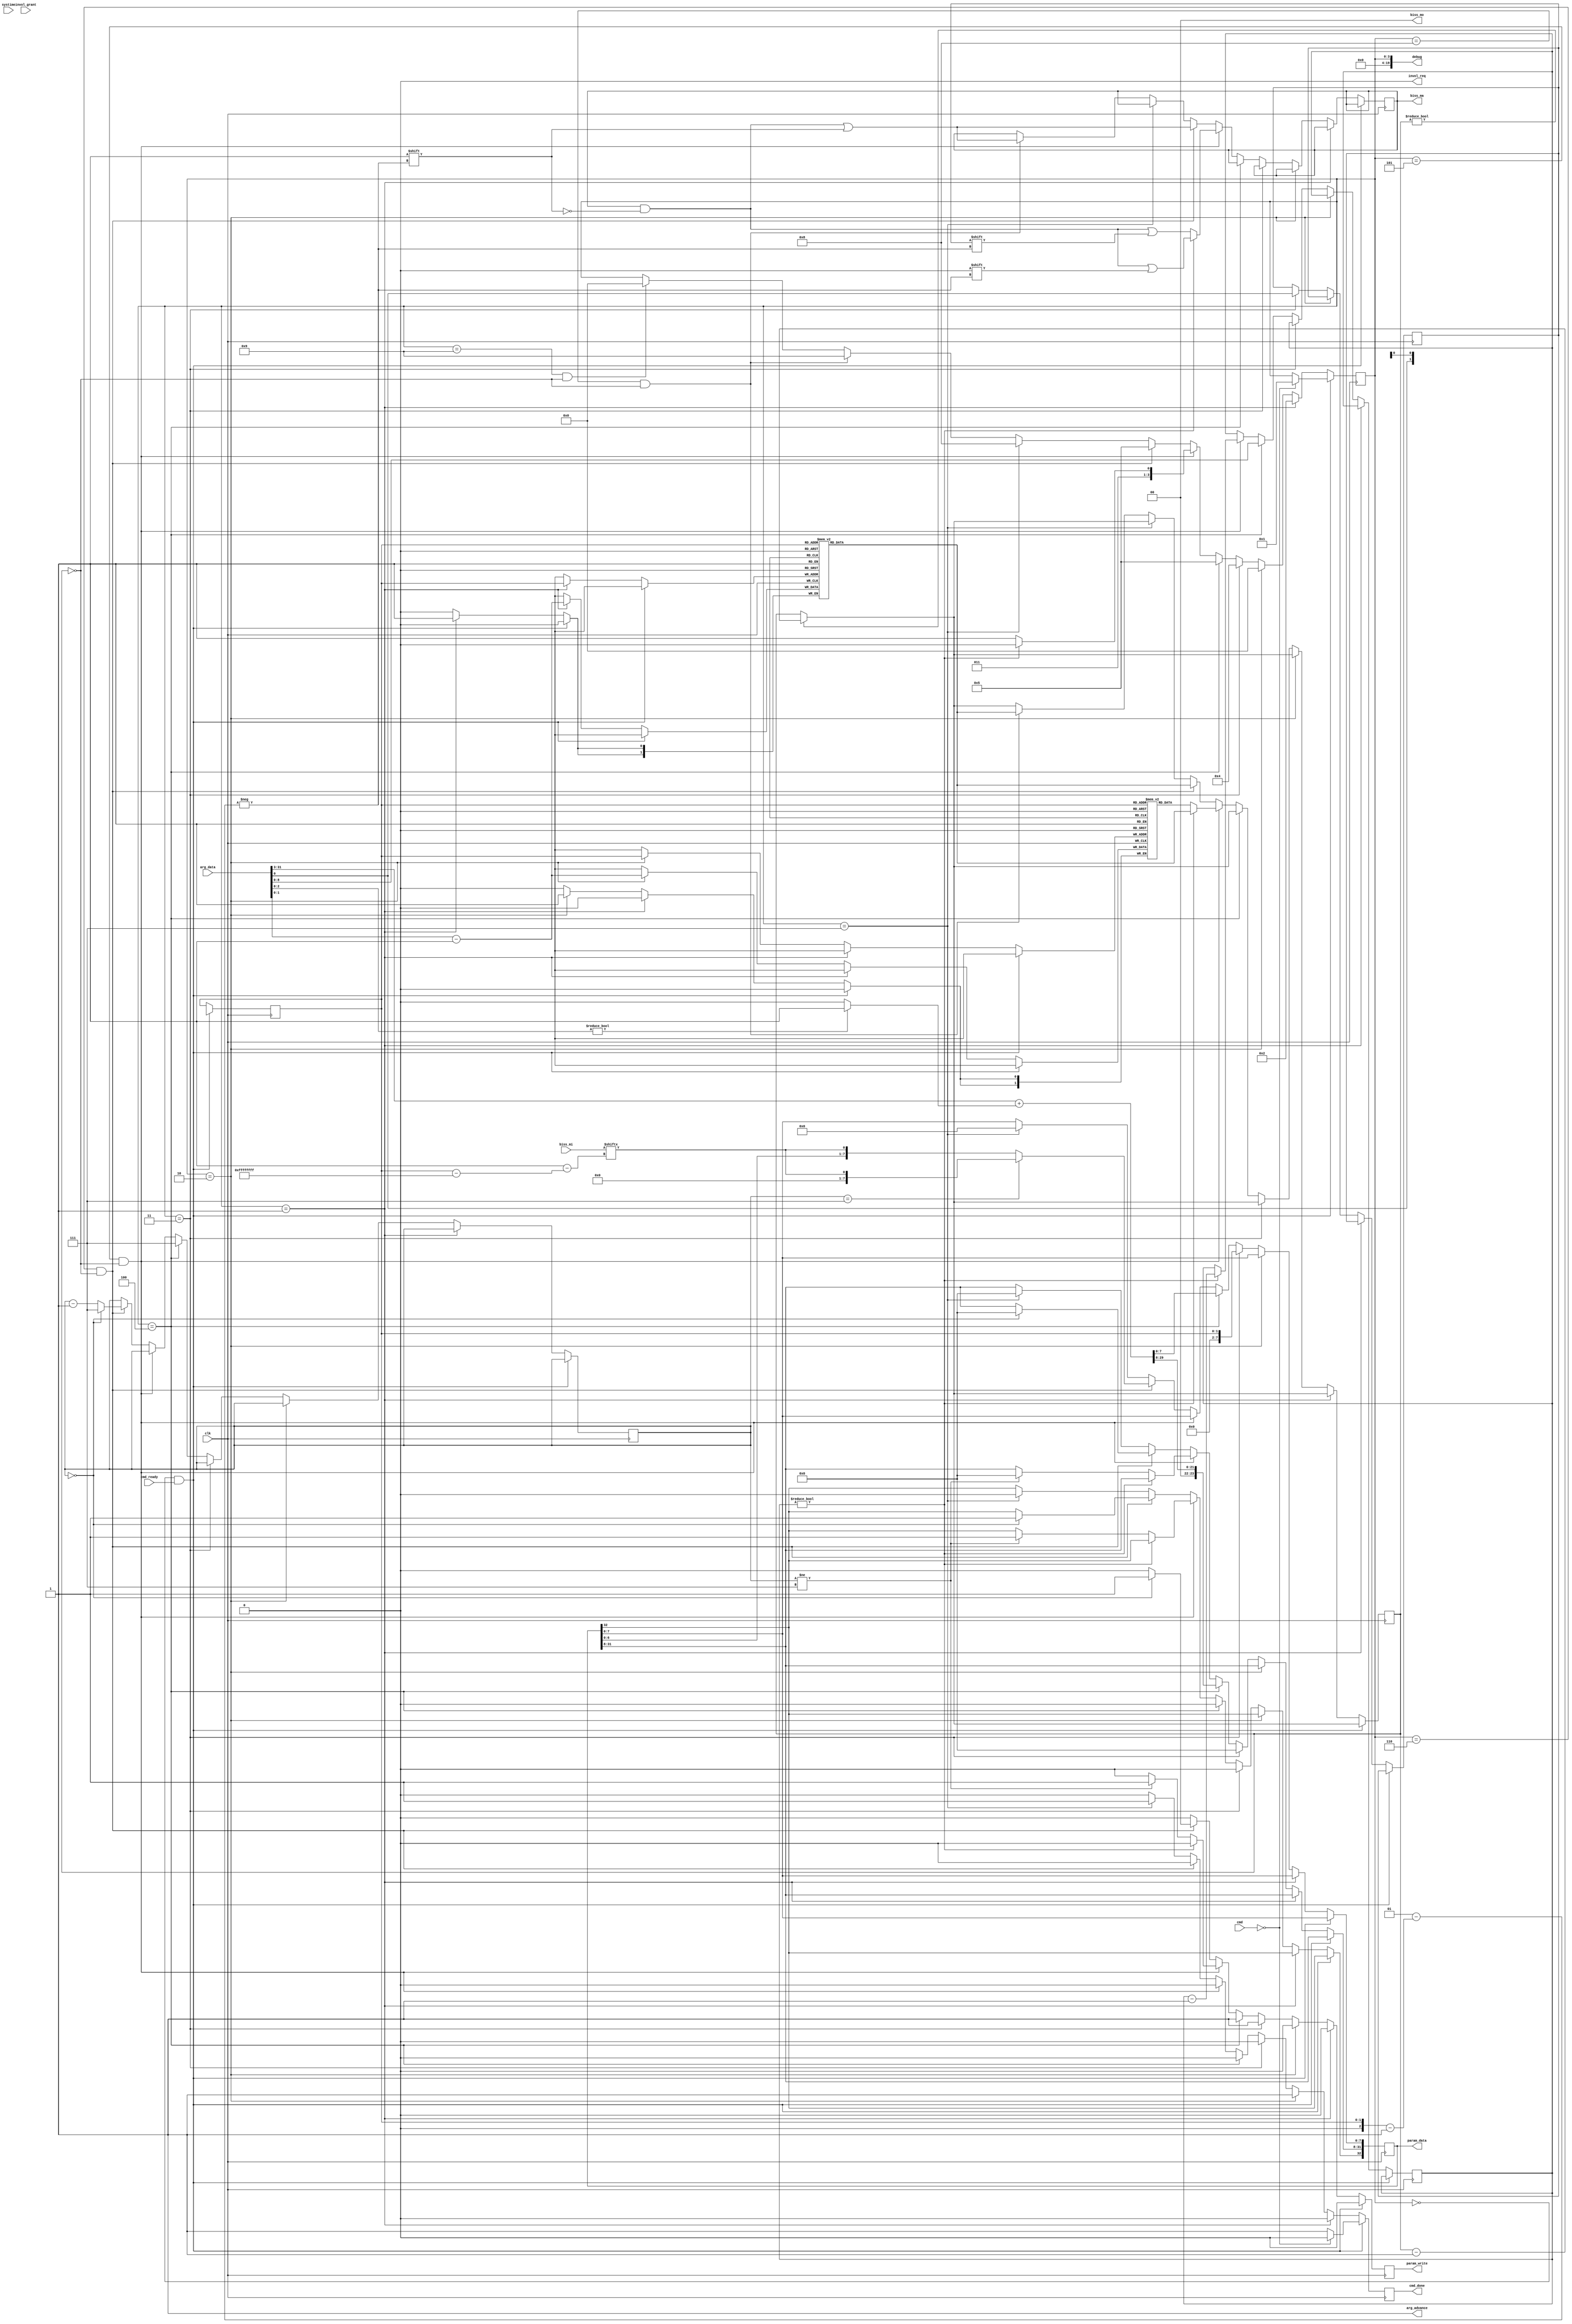
module biss #(
	parameter HZ = 0,
	parameter CMD_BITS = 0,
	parameter NBISS = 0,
	parameter CMD_CONFIG_BISS = 0,
	parameter CMD_BISS_FRAME = 0,
	parameter RSP_BISS_FRAME = 0
) (
	input wire clk,
	input wire [63:0] systime,

	input wire [31:0] arg_data,
	output wire arg_advance,
	input wire [CMD_BITS-1:0] cmd,
	input wire cmd_ready,
	output reg cmd_done = 0,

	output reg [32:0] param_data = 0,
	output reg param_write = 0,

	output reg invol_req = 0,
	input wire invol_grant,

	output reg [NBISS-1:0] biss_ma = { NBISS { 1'b1 }},
	output reg [NBISS-1:0] biss_mo = { NBISS { 1'b0 }},
	input wire [NBISS-1:0] biss_mi,

	output wire [19:0] debug
);

/*
	CMD_CONFIG_BISS in <channel> <divider> <timeout>
	CMD_BISS_FRAME in <channel> <cdm>
	RSP_BISS_FRAME <channel> <status> <cds> <data(str)>
*/

localparam NBISS_BITS = $clog2(NBISS + 1);
reg [NBISS_BITS-1:0] channel = 0;

/* just keep asserted, we'll read one arg per clock */
assign arg_advance = 1;

localparam PS_IDLE		= 0;
localparam PS_CONFIG_BISS_1	= 1;
localparam PS_CONFIG_BISS_2	= 2;
localparam PS_FRAME_1		= 3;
localparam PS_FRAME_2		= 4;
localparam PS_FRAME_3		= 5;
localparam PS_FRAME_4		= 6;
localparam PS_FRAME_CMD_END	= 7;
localparam PS_FRAME_END		= 8;
localparam PS_FRAME_END_2	= 9;
localparam PS_MAX		= 9;

localparam PS_BITS= $clog2(PS_MAX + 1);
reg [PS_BITS-1:0] state = PS_IDLE;

localparam MAX_FRAME		= 64 * 8;
localparam MAX_FRAME_BITS = $clog2(MAX_FRAME);
localparam MAX_TIMEOUT		= HZ / 20000; /* 50us */
localparam MAX_TIMEOUT_BITS = $clog2(MAX_TIMEOUT);

reg [MAX_TIMEOUT_BITS-1:0] freq_divider[NBISS];
reg [MAX_TIMEOUT_BITS-1:0] timeout[NBISS];

reg [2:0] in_cnt = 0;
reg [MAX_FRAME_BITS-1:0] bit_cnt;
reg [MAX_TIMEOUT_BITS-1:0] ma_cnt;
reg cdm;

/*
 * TODO: add delay compensation (probably only needed at high speed)
 * TODO: add mo handling (for actuators)
 */

always @(posedge clk) begin
	cmd_done <= 0;
	param_write <= 0;

	if (ma_cnt != 0)
		ma_cnt <= ma_cnt - 1;

	if (state == PS_IDLE && cmd_ready) begin
		// common to all cmds
		channel <= arg_data[NBISS_BITS-1:0];
		if (cmd == CMD_CONFIG_BISS) begin
			state <= PS_CONFIG_BISS_1;
		end else if (cmd == CMD_BISS_FRAME) begin
			state <= PS_FRAME_1;
		end else begin
			cmd_done <= 1;
		end
	end else if (state == PS_CONFIG_BISS_1) begin
		/* freq divider, timeout, delay */
		freq_divider[channel] <= arg_data - 1;
		state <= PS_CONFIG_BISS_2;
	end else if (state == PS_CONFIG_BISS_2) begin
		timeout[channel] <= arg_data - 1;
		cmd_done <= 1;
		state <= PS_IDLE;
	end else if (state == PS_FRAME_1) begin
		cdm <= arg_data;
		param_data <= channel;
		param_write <= 1;
		state <= PS_FRAME_2;
	end else if (state == PS_FRAME_2) begin
		bit_cnt <= arg_data;
		in_cnt <= 7;
		param_data <= (arg_data >> 3) + (arg_data[2:0] ? 1 : 0); /* len of rsp string */
		param_write <= 1;
		state <= PS_FRAME_3;
	end else if (state == PS_FRAME_3 && ma_cnt == 0) begin
		if (bit_cnt != 0) begin
			biss_ma[channel] <= 0;
			state <= PS_FRAME_4;
			bit_cnt <= bit_cnt - 1;
			ma_cnt <= freq_divider[channel];
		end else begin
			biss_ma[channel] <= cdm;
			ma_cnt <= timeout[channel];
			if (in_cnt != 7) begin
				param_data[32] <= 1; /* send as raw byte */
				param_data[31:8] <= 0;
				param_write <= 1;
			end
			state <= PS_FRAME_CMD_END;
		end
	end else if (state == PS_FRAME_4 && ma_cnt == 0) begin
		biss_ma[channel] <= 1;
		if (in_cnt == 7)
			param_data[7:0] <= biss_mi[channel];
		else
			param_data[7:0] <= { param_data[6:0], biss_mi[channel] };
		if (in_cnt == 0) begin
			param_data[32] <= 1; /* send as raw byte */
			param_data[31:8] <= 0;
			param_write <= 1;
			in_cnt <= 7;
		end else begin
			in_cnt <= in_cnt - 1;
		end
		ma_cnt <= freq_divider[channel];
		state <= PS_FRAME_3;
	end else if (state == PS_FRAME_CMD_END) begin
		cmd_done <= 1;
		param_data <= RSP_BISS_FRAME;
		state <= PS_FRAME_END;
	end else if (state == PS_FRAME_END && ma_cnt == 0) begin
		biss_ma[channel] <= 1;
		ma_cnt <= freq_divider[channel];
		state <= PS_FRAME_END_2;
	end else if (state == PS_FRAME_END_2 && ma_cnt == 0) begin
		state <= PS_IDLE;
	end
end

assign debug[3:0] = state;
assign debug[19:4] = 0;

endmodule